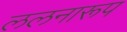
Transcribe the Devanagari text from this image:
ललनारूप